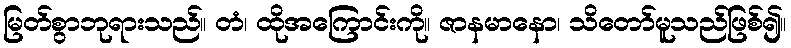
မြတ်စွာဘုရားသည်။ တံ၊ ထိုအကြောင်းကို။ ဇာနမာနော၊ သိတော်မူသည်ဖြစ်၍။